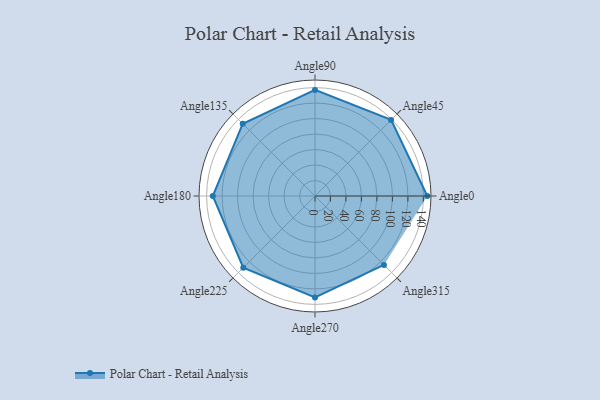
{"axis": {"x": "Angle", "y": "Radius"}, "legend": [""], "data": [{"x": "Angle0", "y": 145.0, "type": ""}, {"x": "Angle45", "y": 139.0, "type": ""}, {"x": "Angle90", "y": 137.0, "type": ""}, {"x": "Angle135", "y": 132.0, "type": ""}, {"x": "Angle180", "y": 132.0, "type": ""}, {"x": "Angle225", "y": 131.0, "type": ""}, {"x": "Angle270", "y": 131.0, "type": ""}, {"x": "Angle315", "y": 126.0, "type": ""}]}